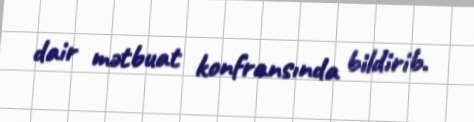
dair mətbuat konfransında bildirib.